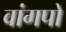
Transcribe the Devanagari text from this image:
वांगपो